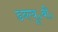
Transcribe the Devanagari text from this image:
डब्ल्यू॰बी॰